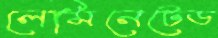
লেমিনেটেড